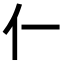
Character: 𫢅